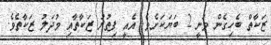
ޒަކާތް ބެހިގެން ވަނީ 2 ބަޔަކަށެވެ. އެއީ ފިތުރު ޒަކާތާއި މުދަލު ޒަކާތެވެ.